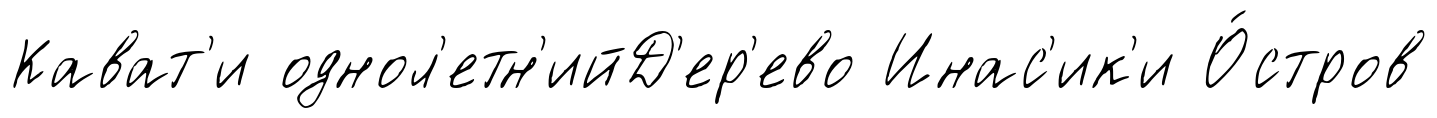
Кават'и однол'етн'ийД'ер'ево Инас'ик'и О́стров